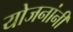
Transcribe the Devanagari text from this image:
योजनांनी